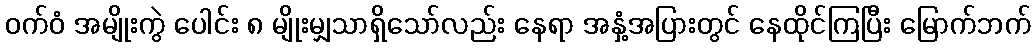
ဝက်ဝံ အမျိုးကွဲ ပေါင်း ၈ မျိုးမျှသာရှိသော်လည်း နေရာ အနှံ့အပြားတွင် နေထိုင်ကြပြီး မြောက်ဘက်